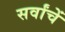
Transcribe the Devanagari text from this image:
सर्वांचें